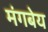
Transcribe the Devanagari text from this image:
मंगबेय